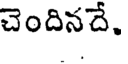
చెందినదే.